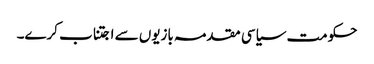
حکومت سیاسی مقدمہ بازیوں سے اجتناب کرے۔